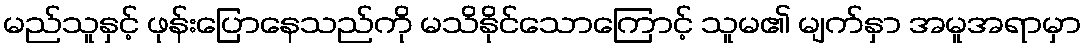
မည်သူနှင့် ဖုန်းပြောနေသည်ကို မသိနိုင်သောကြောင့် သူမ၏ မျက်နှာ အမူအရာမှာ